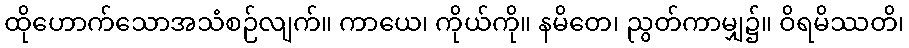
ထိုဟောက်သောအသံစဉ်လျက်။ ကာယေ၊ ကိုယ်ကို။ နမိတေ၊ ညွတ်ကာမျှ၌။ ဝိရမိဿတိ၊